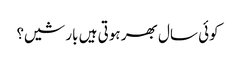
کوئی سال بھر ہوتی ہیں بارشیں؟